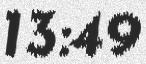
13:49